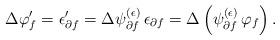
LaTeX: \begin{align*}\Delta \varphi_f' = \epsilon_{\partial f}' = \Delta \psi_{\partial f}^{(\epsilon)} \, \epsilon_{\partial f}= \Delta \left( \psi_{\partial f}^{(\epsilon)} \, \varphi_f \right) .\end{align*}